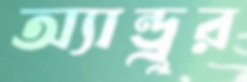
অ্যান্ড্রুর